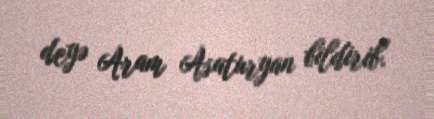
deyə Aram Asaturyan bildirib.